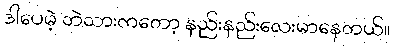
ဒါပေမဲ့ ဘဲသားကတော့ နည်းနည်းလေးမာနေတယ်။